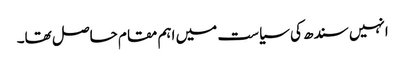
انہیں سندھ کی سیاست میں اہم مقام حاصل تھا۔